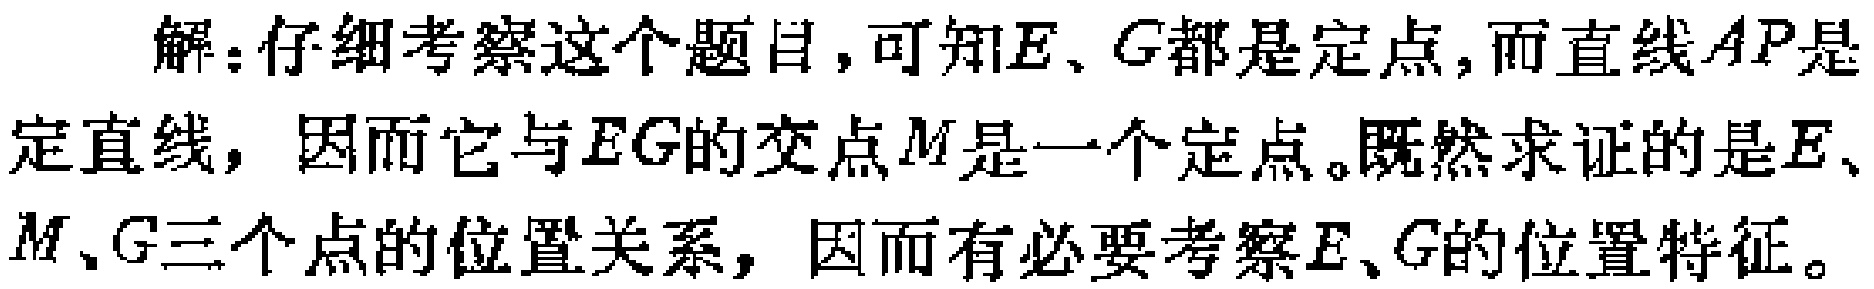
解：仔细考察这个题目，可知\(E、G\)都是定点，而直线\(AP\)是定直线，因而它与\(EG\)的交点\(M\)是一个定点。既然求证的是\(E、M、G\)三个点的位置关系，因而有必要考察\(E、G\)的位置特征。